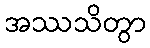
အဿသိတွာ